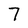
Character: 7